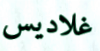
غلاديس